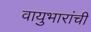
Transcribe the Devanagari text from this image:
वायुभारांची